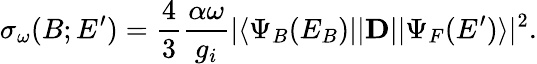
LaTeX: \sigma_{\omega}(B;E^{\prime})=\frac{4}{3}\frac{\alpha\omega}{g_{i}}|\langle\Psi_{B}(E_{B})||\mathbf{D}||\Psi_{F}(E^{\prime})\rangle|^{2}.